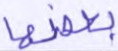
بعضها